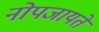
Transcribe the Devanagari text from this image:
नोपजायते